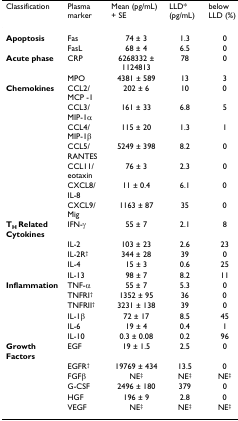
<table><thead><tr><td><b>Classification</b></td><td><b>Plasma marker</b></td><td><b>Mean (pg/mL) + SE</b></td><td><b>LLD* (pg/mL)</b></td><td><b>below LLD (%)</b></td></tr></thead><tbody><tr><td><b>Apoptosis</b></td><td>Fas</td><td>74 ± 3</td><td>1.3</td><td>0</td></tr><tr><td></td><td>FasL</td><td>68 ± 4</td><td>6.5</td><td>0</td></tr><tr><td><b>Acute phase</b></td><td>CRP</td><td>6268332 ± 1124813</td><td>78</td><td>0</td></tr><tr><td></td><td>MPO</td><td>4381 ± 589</td><td>13</td><td>3</td></tr><tr><td><b>Chemokines</b></td><td>CCL2/MCP -1</td><td>202 ± 6</td><td>10</td><td>0</td></tr><tr><td></td><td>CCL3/MIP-1α</td><td>161 ± 33</td><td>6.8</td><td>5</td></tr><tr><td></td><td>CCL4/MIP-1β</td><td>115 ± 20</td><td>1.3</td><td>1</td></tr><tr><td></td><td>CCL5/RANTES</td><td>5249 ± 398</td><td>8.2</td><td>0</td></tr><tr><td></td><td>CCL11/eotaxin</td><td>76 ± 3</td><td>2.3</td><td>0</td></tr><tr><td></td><td>CXCL8/IL-8</td><td>11 ± 0.4</td><td>6.1</td><td>0</td></tr><tr><td></td><td>CXCL9/Mig</td><td>1163 ± 87</td><td>35</td><td>0</td></tr><tr><td><b>T<sub>H </sub>Related Cytokines</b></td><td>IFN-γ</td><td>55 ± 7</td><td>2.1</td><td>8</td></tr><tr><td></td><td>IL-2</td><td>103 ± 23</td><td>2.6</td><td>23</td></tr><tr><td></td><td>IL-2R<sup>†</sup></td><td>344 ± 28</td><td>39</td><td>0</td></tr><tr><td></td><td>IL-4</td><td>15 ± 3</td><td>0.6</td><td>25</td></tr><tr><td></td><td>IL-13</td><td>98 ± 7</td><td>8.2</td><td>11</td></tr><tr><td><b>Inflammation</b></td><td>TNF-α</td><td>55 ± 7</td><td>5.3</td><td>0</td></tr><tr><td></td><td>TNFRI<sup>†</sup></td><td>1352 ± 95</td><td>36</td><td>0</td></tr><tr><td></td><td>TNFRII<sup>†</sup></td><td>3231 ± 138</td><td>39</td><td>0</td></tr><tr><td></td><td>IL-1β</td><td>72 ± 17</td><td>8.5</td><td>45</td></tr><tr><td></td><td>IL-6</td><td>19 ± 4</td><td>0.4</td><td>1</td></tr><tr><td></td><td>IL-10</td><td>0.3 ± 0.08</td><td>0.2</td><td>96</td></tr><tr><td><b>Growth Factors</b></td><td>EGF</td><td>19 ± 1.5</td><td>2.5</td><td>0</td></tr><tr><td></td><td>EGFR<sup>†</sup></td><td>19769 ± 434</td><td>13.5</td><td>0</td></tr><tr><td></td><td>FGFβ</td><td>NE<sup>‡</sup></td><td>NE<sup>‡</sup></td><td>NE<sup>‡</sup></td></tr><tr><td></td><td>G-CSF</td><td>2496 ± 180</td><td>379</td><td>0</td></tr><tr><td></td><td>HGF</td><td>196 ± 9</td><td>2.8</td><td>0</td></tr><tr><td></td><td>VEGF</td><td>NE<sup>‡</sup></td><td>NE<sup>‡</sup></td><td>NE<sup>‡</sup></td></tr></tbody></table>